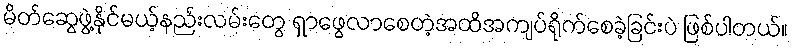
မိတ်ဆွေဖွဲ့နိုင်မယ့်နည်းလမ်းတွေ ရှာဖွေလာစေတဲ့အထိအကျပ်ရိုက်စေခဲ့ခြင်းပဲ ဖြစ်ပါတယ်။